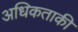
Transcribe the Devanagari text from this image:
अधिकताकी